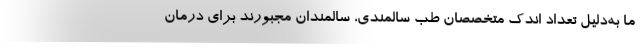
ما به‌دلیل تعداد اندک متخصصان طب سالمندی، سالمندان مجبورند برای درمان